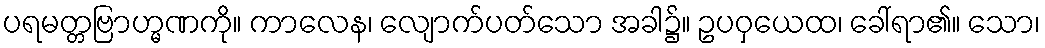
ပရမတ္တဗြာဟ္မဏကို။ ကာလေန၊ လျောက်ပတ်သော အခါ၌။ ဥပဝှယေထ၊ ခေါ်ရာ၏။ သော၊